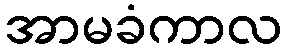
အာမခံကာလ